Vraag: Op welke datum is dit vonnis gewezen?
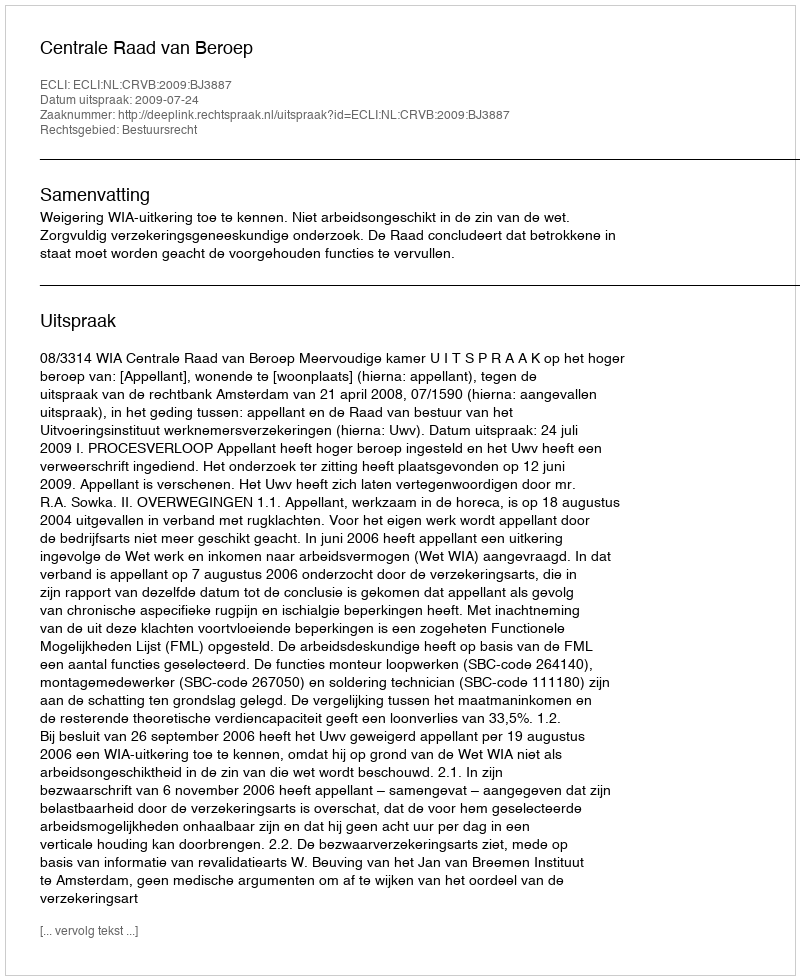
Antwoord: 2009-07-24